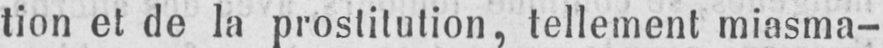
tion et de la prostitution, tellement miasma-